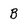
Character: B